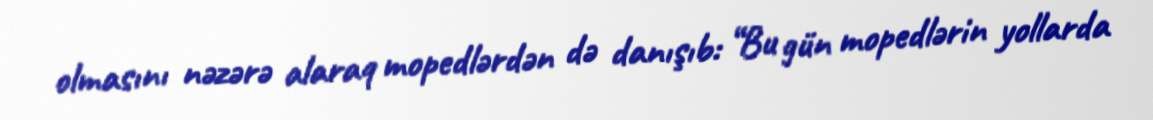
olmasını nəzərə alaraq mopedlərdən də danışıb: “Bu gün mopedlərin yollarda